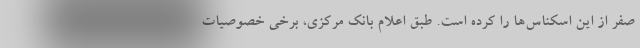
صفر از این اسکناس‌ها را کرده است. طبق اعلام بانک مرکزی، برخی خصوصیات